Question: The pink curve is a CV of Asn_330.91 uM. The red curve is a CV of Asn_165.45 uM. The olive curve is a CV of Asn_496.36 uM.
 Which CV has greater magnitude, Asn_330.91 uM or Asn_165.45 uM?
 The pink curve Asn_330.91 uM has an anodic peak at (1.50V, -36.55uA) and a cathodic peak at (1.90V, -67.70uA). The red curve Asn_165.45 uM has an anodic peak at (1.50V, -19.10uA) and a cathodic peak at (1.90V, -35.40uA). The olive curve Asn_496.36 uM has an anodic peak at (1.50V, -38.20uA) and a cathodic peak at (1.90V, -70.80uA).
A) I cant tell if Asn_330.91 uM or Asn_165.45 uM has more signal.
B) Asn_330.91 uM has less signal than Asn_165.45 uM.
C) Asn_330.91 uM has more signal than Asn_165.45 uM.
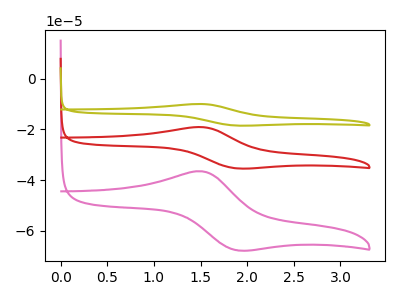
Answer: <think>All the peaks in "Asn_330.91 uM" have a peak in "Asn_165.45 uM" at the same potential.
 </think>
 <answer>A) I cant tell if "Asn_330.91 uM" or "Asn_165.45 uM" has more signal.</answer>
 <eval>A</eval>